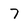
Character: 7